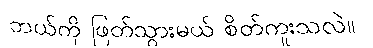
ဘယ်ကို ဖြတ်သွားမယ် စိတ်ကူးသလဲ။